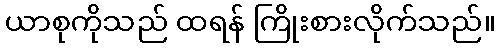
ယာစုကိုသည် ထရန် ကြိုးစားလိုက်သည်။